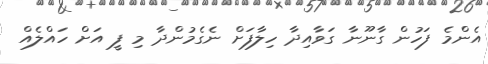
އެންމެ ފަހުން ގާނޫނާ ގަވާއިދާ ހިލާފަށް ނެގެމުންދާ މި ފީ އަށް ހައްލެއް